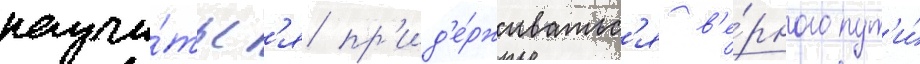
научи́тьс'я пр'ид'е́рживатьс'я в'е́рного пут'и́